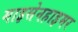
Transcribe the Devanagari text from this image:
माइसेनहाइमर